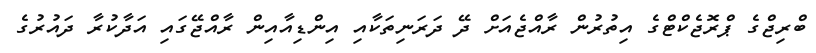
ބްރިޖްގެ ޕްރޮޖެކްޓްގެ އިތުރުން ރާއްޖެއަށް ދޭ ދަރަނިތަކާއި އިންޑިއާއިން ރާއްޖޭގައި އަދާކުރާ ދައުރުގެ